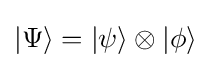
|\Psi \rangle =|\psi \rangle \otimes |\phi \rangle